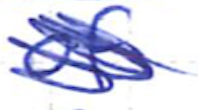
Text: of
Cross-out: mix
Writing tool: ballpoint